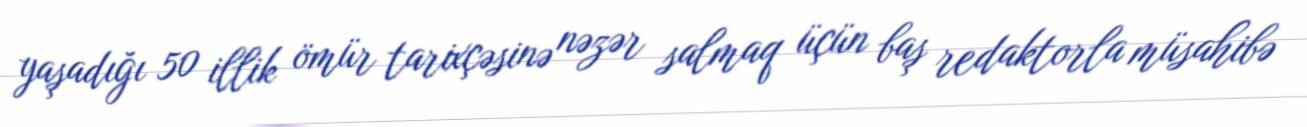
yaşadığı 50 illik ömür tarixçəsinə nəzər salmaq üçün baş redaktorla müsahibə